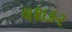
લશકર